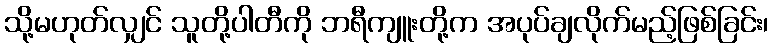
သို့မဟုတ်လျှင် သူတို့ပါတီကို ဘရီကျူးတို့က အပုပ်ချလိုက်မည့်ဖြစ်ခြင်း၊